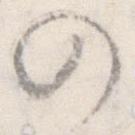
の